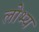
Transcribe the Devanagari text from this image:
लोभ्य